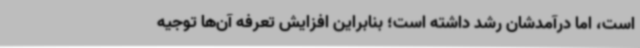
است، اما درآمدشان رشد داشته است؛ بنابراین افزایش تعرفه آن‌ها توجیه